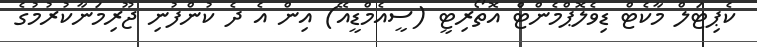
ކެޕިޓަލް މާކެޓް ޑިވެލޮޕްމެންޓް އޮތޯރިޓީ (ސީއެމްޑީއޭ) އިން އެ ދެ ކުންފުނި ޖޫރިމަނާކުރުމުގެ